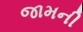
જામની